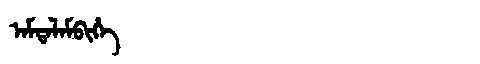
Manchu: ᠠᠮᡨᠠᠯᠠᠮᠪᡳᡥᡝ
Romanization: AMTALAMBIHE